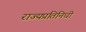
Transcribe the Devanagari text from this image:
राज्यप्रतिनिधी